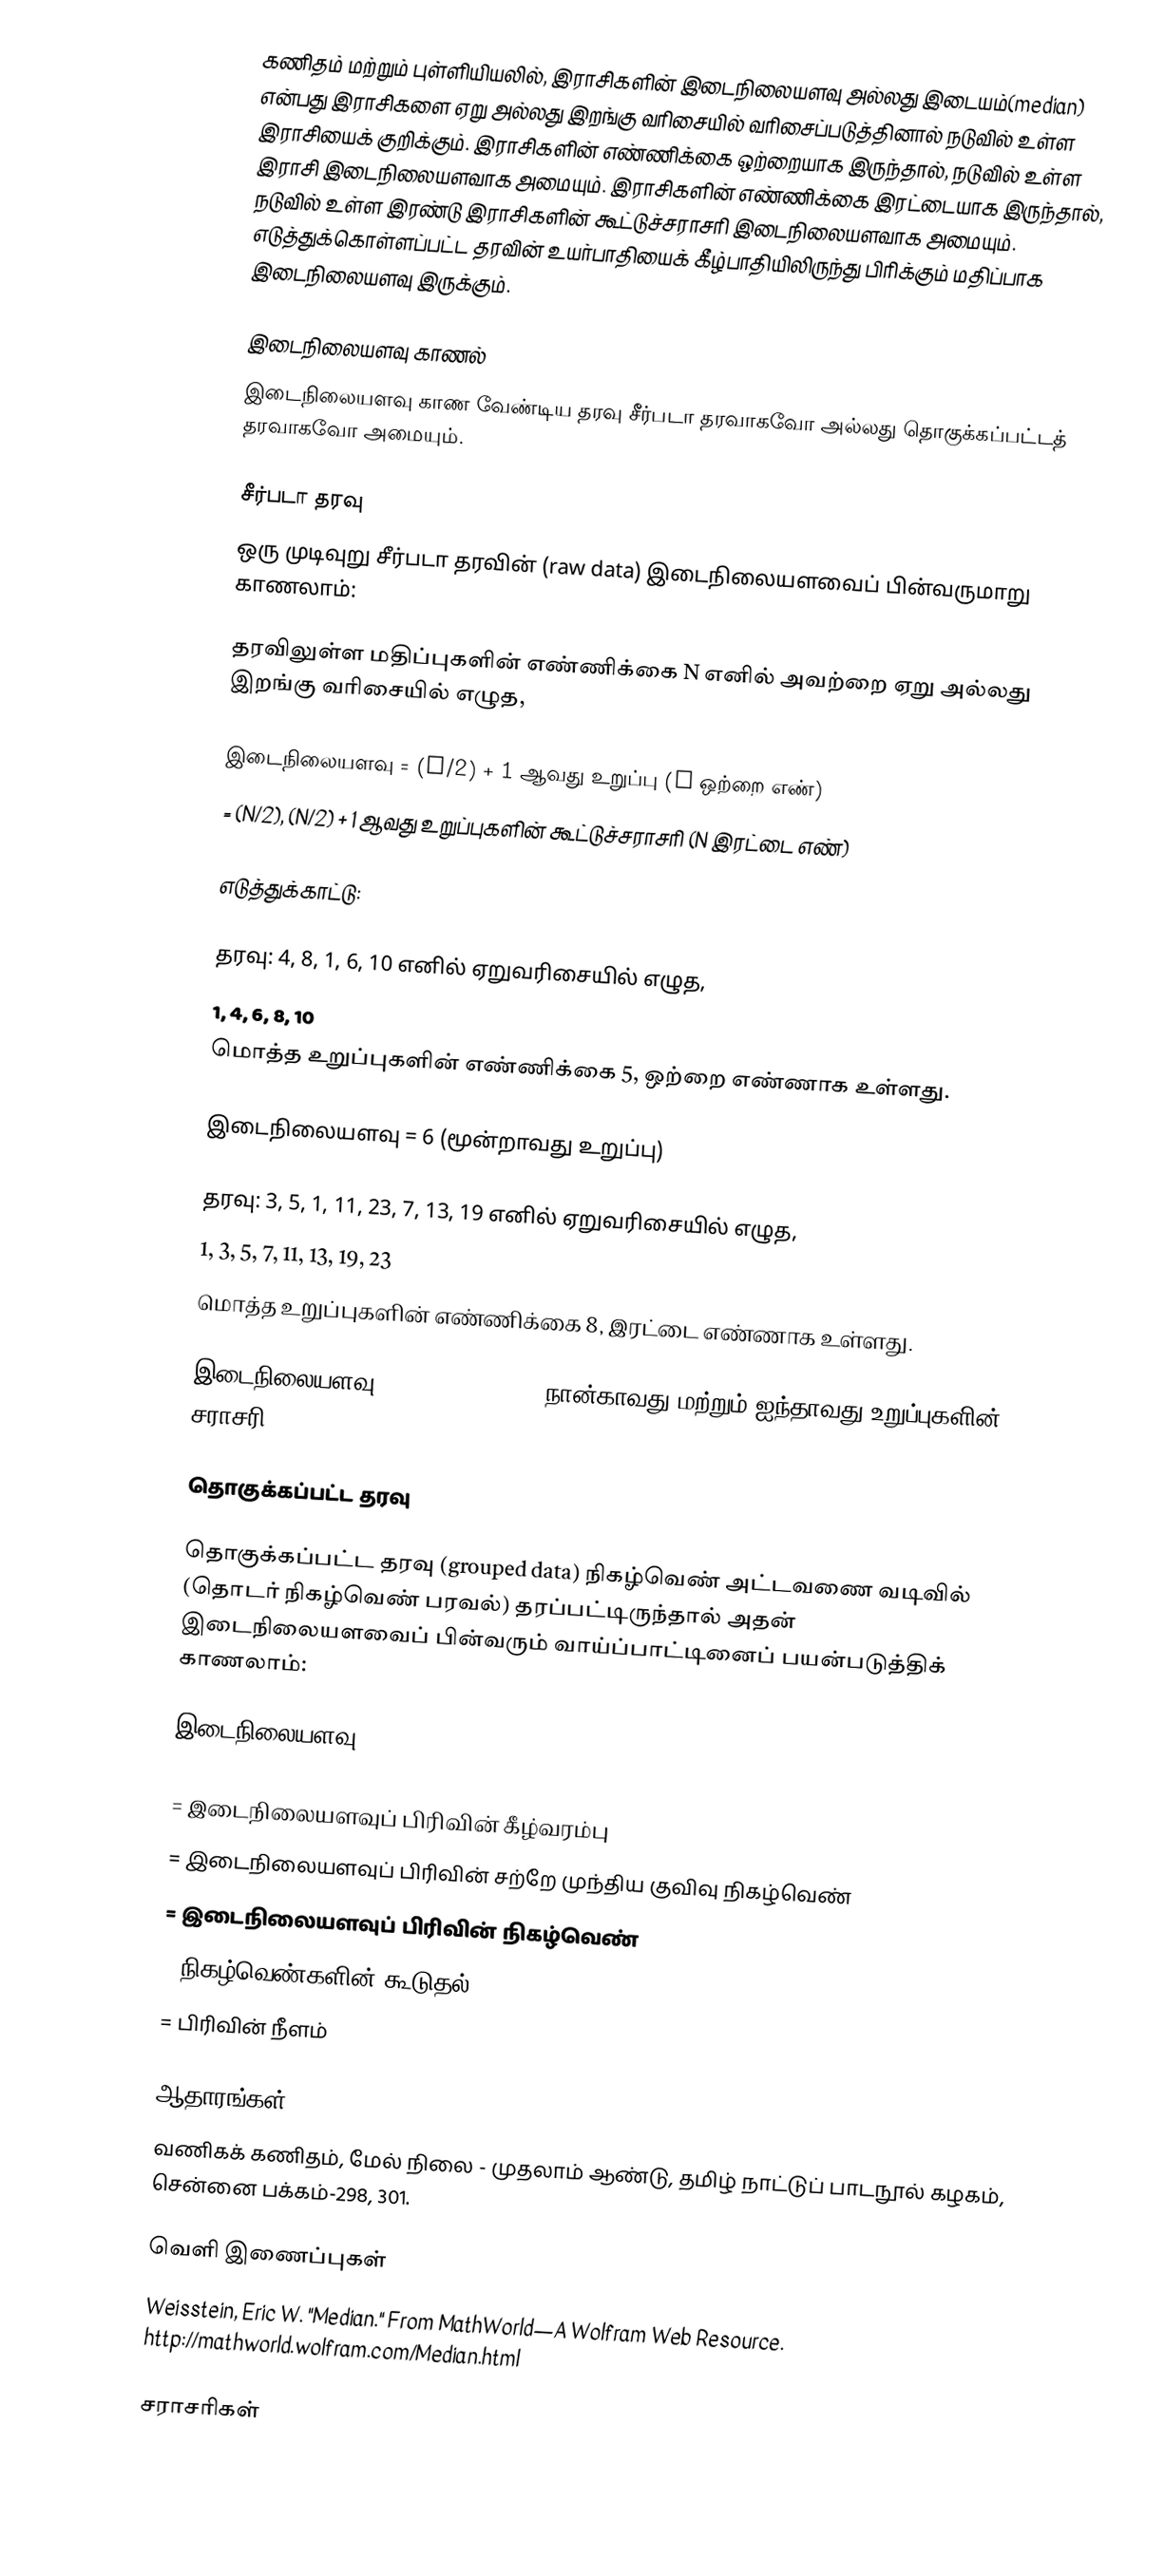
கணிதம் மற்றும் புள்ளியியலில், இராசிகளின் இடைநிலையளவு அல்லது இடையம்(median) என்பது இராசிகளை ஏறு அல்லது இறங்கு வரிசையில் வரிசைப்படுத்தினால் நடுவில் உள்ள இராசியைக் குறிக்கும். இராசிகளின் எண்ணிக்கை ஒற்றையாக இருந்தால், நடுவில் உள்ள இராசி இடைநிலையளவாக அமையும். இராசிகளின் எண்ணிக்கை இரட்டையாக இருந்தால், நடுவில் உள்ள இரண்டு இராசிகளின் கூட்டுச்சராசரி இடைநிலையளவாக அமையும். எடுத்துக்கொள்ளப்பட்ட தரவின் உயர்பாதியைக் கீழ்பாதியிலிருந்து பிரிக்கும் மதிப்பாக இடைநிலையளவு இருக்கும்.

இடைநிலையளவு காணல்
இடைநிலையளவு காண வேண்டிய தரவு சீர்படா தரவாகவோ அல்லது தொகுக்கப்பட்டத் தரவாகவோ அமையும்.

சீர்படா தரவு
ஒரு முடிவுறு சீர்படா தரவின் (raw data) இடைநிலையளவைப் பின்வருமாறு காணலாம்:

தரவிலுள்ள மதிப்புகளின்  எண்ணிக்கை  N எனில் அவற்றை ஏறு அல்லது இறங்கு வரிசையில் எழுத,

இடைநிலையளவு = (N/2) + 1 ஆவது உறுப்பு (N ஒற்றை எண்)
= (N/2), (N/2) + 1 ஆவது உறுப்புகளின் கூட்டுச்சராசரி (N இரட்டை எண்)

எடுத்துக்காட்டு:

தரவு: 4, 8, 1, 6, 10 எனில் ஏறுவரிசையில் எழுத,
1, 4, 6, 8, 10
மொத்த உறுப்புகளின் எண்ணிக்கை 5, ஒற்றை எண்ணாக உள்ளது.

இடைநிலையளவு = 6 (மூன்றாவது உறுப்பு)

தரவு: 3, 5, 1, 11, 23, 7, 13, 19 எனில் ஏறுவரிசையில் எழுத,
1, 3, 5, 7, 11, 13, 19, 23
மொத்த உறுப்புகளின் எண்ணிக்கை 8, இரட்டை எண்ணாக உள்ளது.

இடைநிலையளவு = (7 + 11)/2 = 9 (நான்காவது மற்றும் ஐந்தாவது உறுப்புகளின் சராசரி)

தொகுக்கப்பட்ட தரவு

தொகுக்கப்பட்ட தரவு (grouped data) நிகழ்வெண் அட்டவணை வடிவில் (தொடர் நிகழ்வெண் பரவல்) தரப்பட்டிருந்தால் அதன் இடைநிலையளவைப் பின்வரும் வாய்ப்பாட்டினைப் பயன்படுத்திக் காணலாம்:

இடைநிலையளவு =

  = இடைநிலையளவுப் பிரிவின் கீழ்வரம்பு
 = இடைநிலையளவுப் பிரிவின் சற்றே முந்திய குவிவு நிகழ்வெண்
 = இடைநிலையளவுப் பிரிவின் நிகழ்வெண்
 = நிகழ்வெண்களின் கூடுதல்
 = பிரிவின் நீளம்

ஆதாரங்கள்
வணிகக் கணிதம், மேல் நிலை - முதலாம் ஆண்டு, தமிழ் நாட்டுப் பாடநூல் கழகம், சென்னை  பக்கம்-298, 301.

வெளி இணைப்புகள்
 Weisstein, Eric W. "Median." From MathWorld—A Wolfram Web Resource. http://mathworld.wolfram.com/Median.html

சராசரிகள்